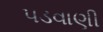
પડવાણી